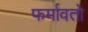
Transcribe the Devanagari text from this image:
फर्मावतो